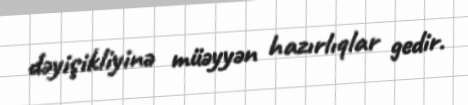
dəyişikliyinə müəyyən hazırlıqlar gedir.